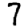
Digit: 7